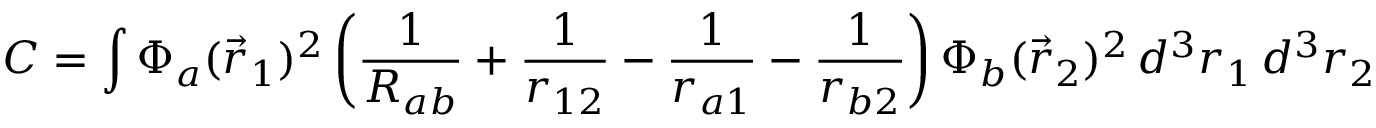
C = \int \Phi _ { a } ( { \vec { r } } _ { 1 } ) ^ { 2 } \left( { \frac { 1 } { R _ { a b } } } + { \frac { 1 } { r _ { 1 2 } } } - { \frac { 1 } { r _ { a 1 } } } - { \frac { 1 } { r _ { b 2 } } } \right) \Phi _ { b } ( { \vec { r } } _ { 2 } ) ^ { 2 } \, d ^ { 3 } r _ { 1 } \, d ^ { 3 } r _ { 2 }